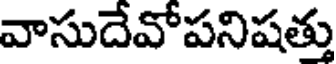
వాసుదేవోపనిషత్తు